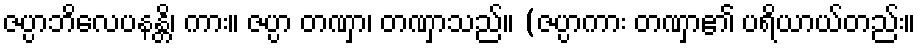
ဇပ္ပာဘိလေပနန္တိ၊ ကား။ ဇပ္ပာ တဏှာ၊ တဏှာသည်။ (ဇပ္ပာကား တဏှာ၏ ပရိယာယ်တည်း။